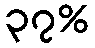
၃၇%